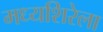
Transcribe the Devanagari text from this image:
मध्यशिरेला